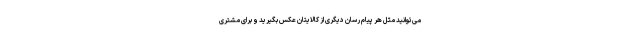
می‌توانید مثل هر پیام رسان دیگری از کالایتان عکس بگیرید و برای مشتری